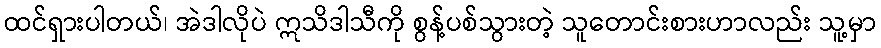
ထင်ရှားပါတယ်၊ အဲဒါလိုပဲ ဣသိဒါသီကို စွန့်ပစ်သွားတဲ့ သူတောင်းစားဟာလည်း သူ့မှာ